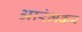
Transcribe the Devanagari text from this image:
आरंभकर